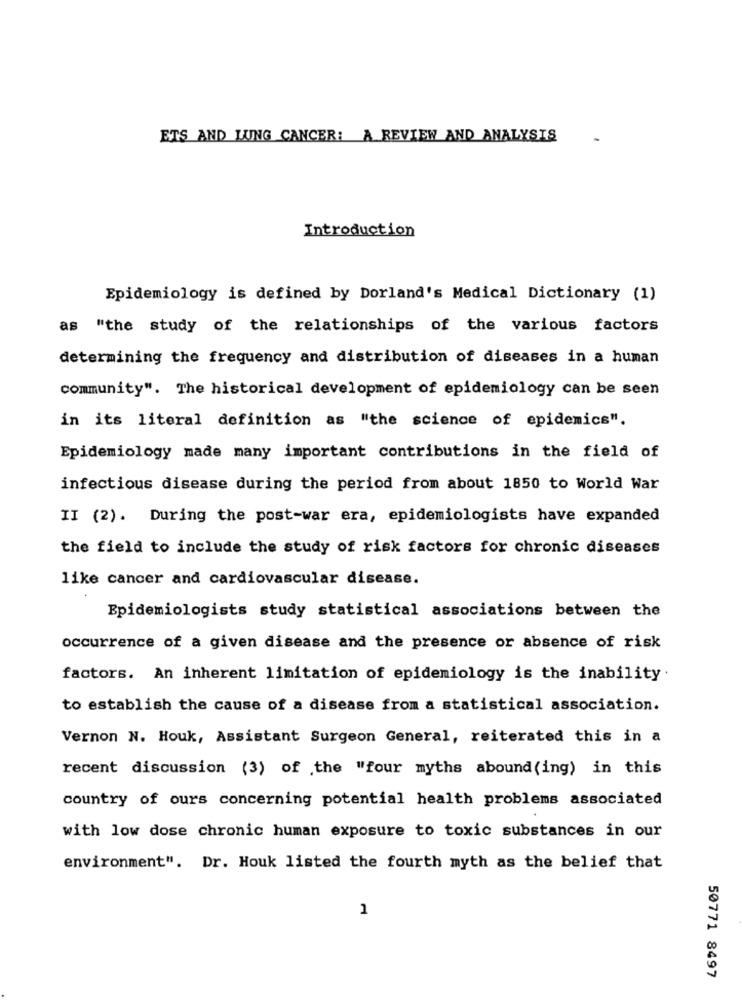
ETS AND LUNG CANCER: A REVIEW AND ANALYSIS
Introduction
Epidemiology is defined by Dorland's Medical Dictionary (1)
as "the study of the relationships of the various factors
determining the frequency and distribution of diseases in a human
community". The historical development of epidemiology can be seen
in its literal definition as "the science of epidemics".
Epidemiology made many important contributions in the field of
infectious disease during the period from about 1850 to World War
II (2). During the post-war era, epidemiologists have expanded
the field to include the study of risk factors for chronic diseases
like cancer and cardiovascular disease.
Epidemiologists study statistical associations between the
occurrence of a given disease and the presence or absence of risk
factors. An inherent limitation of epidemiology is the inability
to establish the cause of a disease from a statistical association.
Vernon N. Houk, Assistant Surgeon General, reiterated this in a
recent discussion (3) of the "four myths abound(ing) in this
country of ours concerning potential health problems associated
with low dose chronic human exposure to toxic substances in our
environment". Dr. Houk listed the fourth myth as the belief that
1
50771 8497